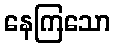
နေကြသော